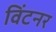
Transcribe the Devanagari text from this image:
विंटनर